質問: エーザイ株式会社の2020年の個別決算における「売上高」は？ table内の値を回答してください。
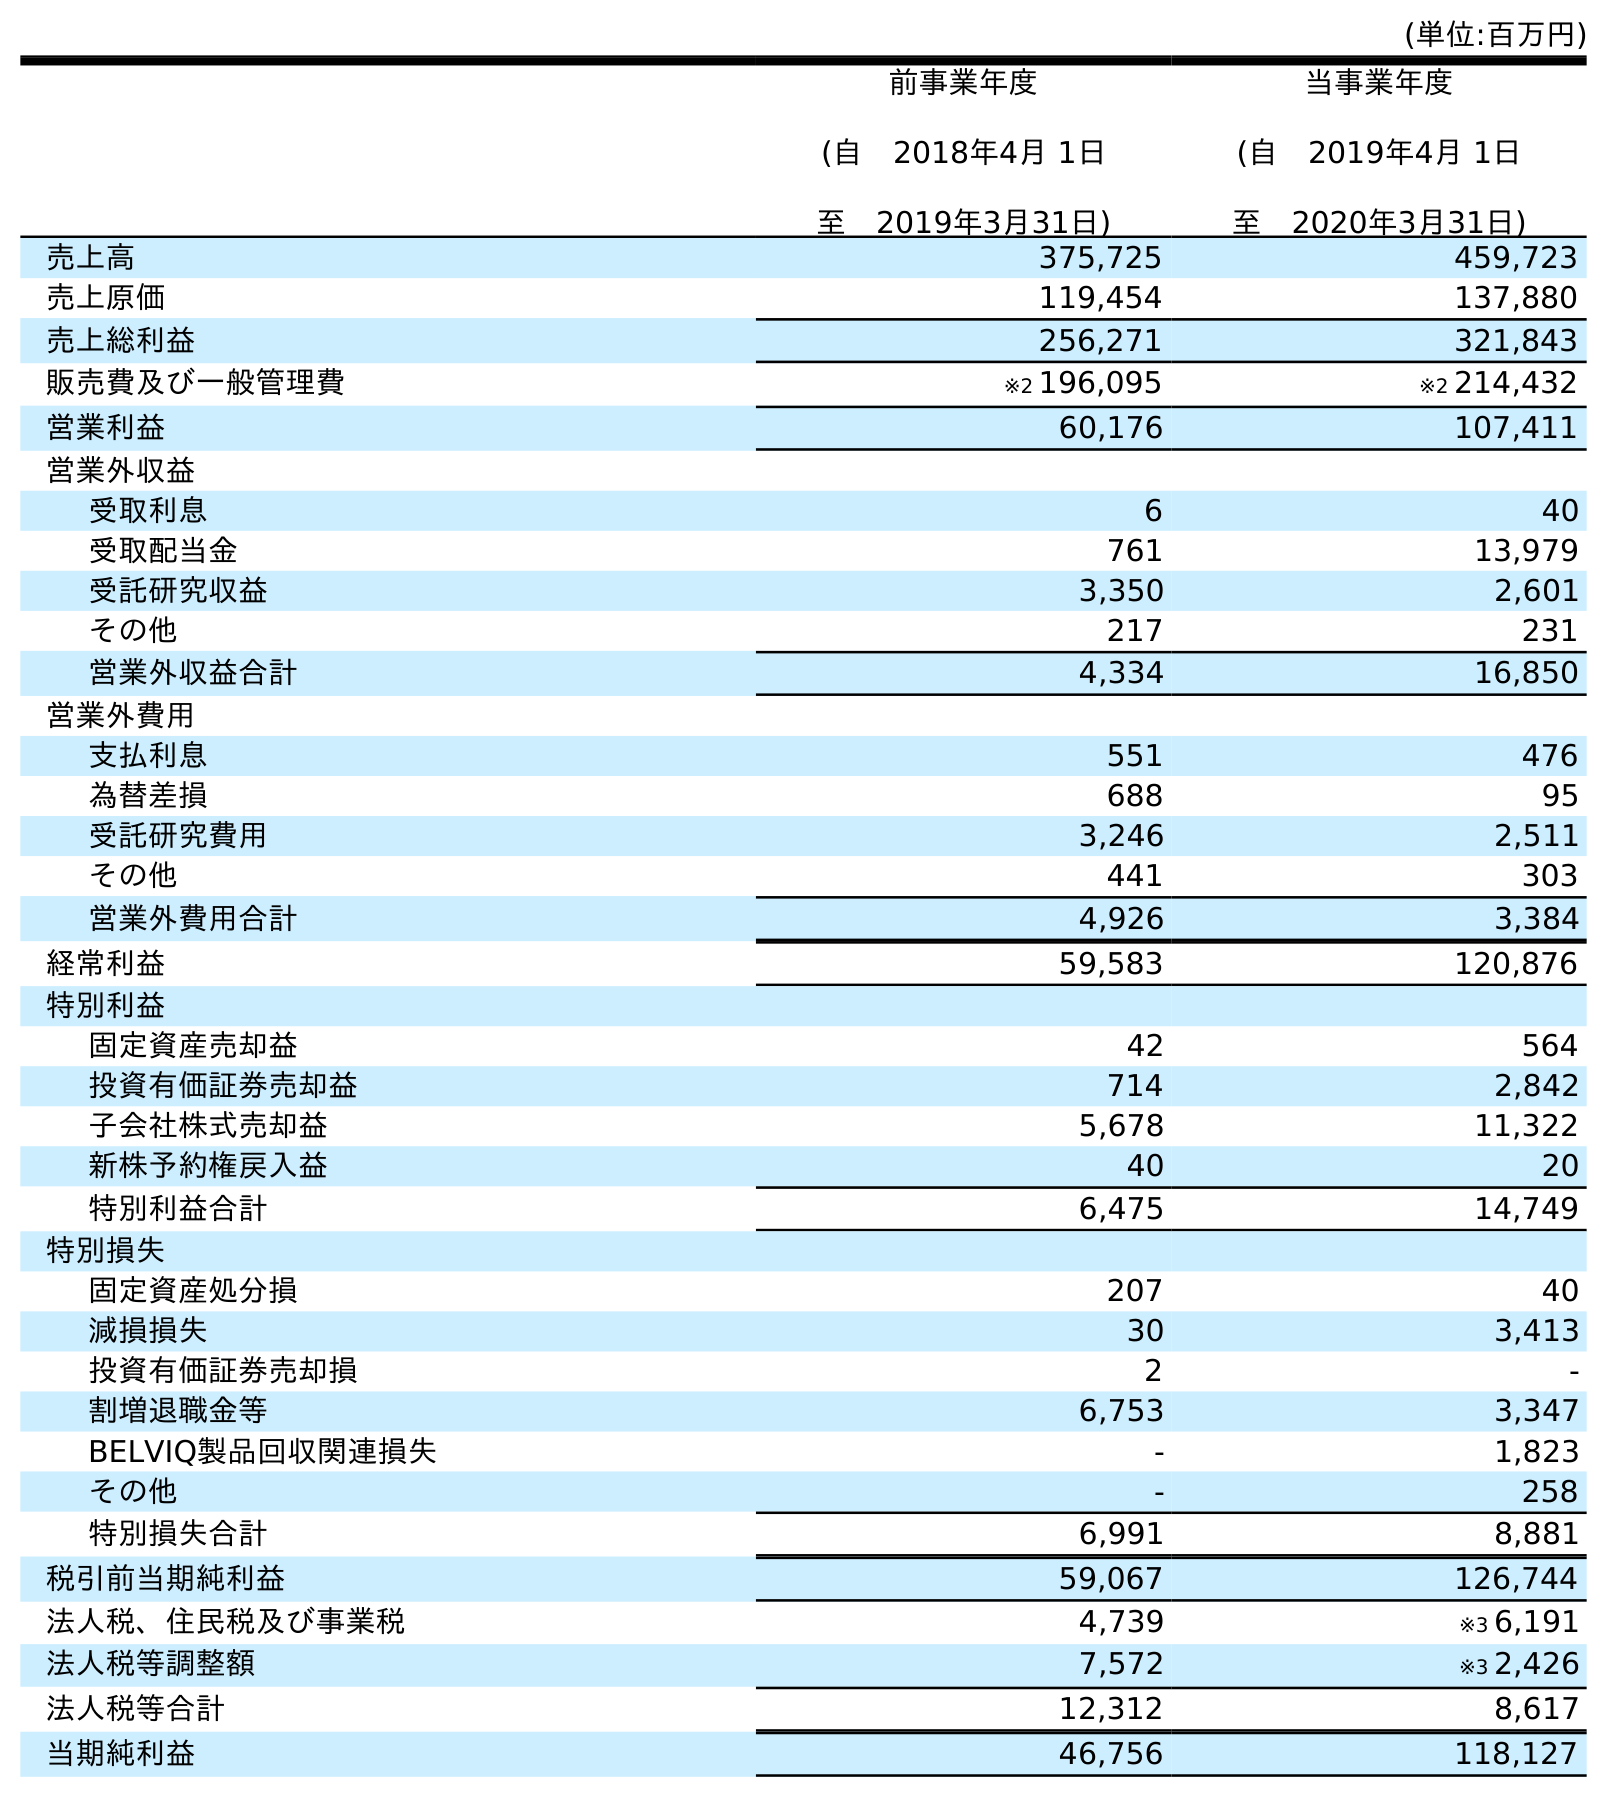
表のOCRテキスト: (単位:百万円) 前事業年度 (自 2018年4月 1日 至 2019年3月31日) 当事業年度 (自 2019年4月 1日 至 2020年3月31日) 売上高 375,725 459,723 売上原価 119,454 137,880 売上総利益 256,271 321,843 販売費及び一般管理費 ※2 196,095 ※2 214,432 営業利益 60,176 107,411 営業外収益 受取利息 6 40 受取配当金 761 13,979 受託研究収益 3,350 2,601 その他 217 231 営業外収益合計 4,334 16,850 営業外費用 支払利息 551 476 為替差損 688 95 受託研究費用 3,246 2,511 その他 441 303 営業外費用合計 4,926 3,384 経常利益 59,583 120,876 特別利益 固定資産売却益 42 564 投資有価証券売却益 714 2,842 子会社株式売却益 5,678 11,322 新株予約権戻入益 40 20 特別利益合計 6,475 14,749 特別損失 固定資産処分損 207 40 減損損失 30 3,413 投資有価証券売却損 2 - 割増退職金等 6,753 3,347 BELVIQ製品回収関連損失 - 1,823 その他 - 258 特別損失合計 6,991 8,881 税引前当期純利益 59,067 126,744 法人税、住民税及び事業税 4,739 ※3 6,191 法人税等調整額 7,572 ※3 2,426 法人税等合計 12,312 8,617 当期純利益 46,756 118,127
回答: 459,723